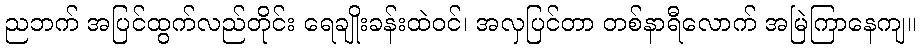
ညဘက် အပြင်ထွက်လည်တိုင်း ရေချိုးခန်းထဲဝင်၊ အလှပြင်တာ တစ်နာရီလောက် အမြဲကြာနေကျ။